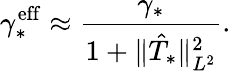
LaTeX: \gamma_{*}^{\mathrm{eff}}\approx\frac{\gamma_{*}}{1+\Vert\hat{T}_{*}\Vert_{L^{2}}^{2}}.